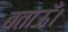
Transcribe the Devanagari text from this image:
बताऊँ।